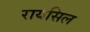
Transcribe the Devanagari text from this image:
रायसिल